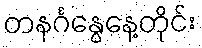
တနင်္ဂနွေနေ့တိုင်း